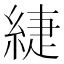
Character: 緁